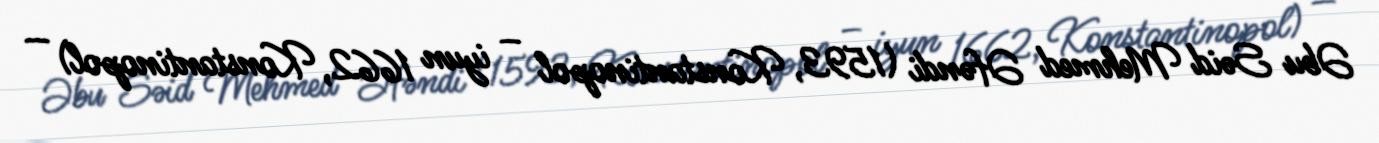
Əbu Səid Mehmed Əfəndi (1593, Konstantinopol – iyun 1662, Konstantinopol) —